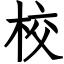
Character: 校